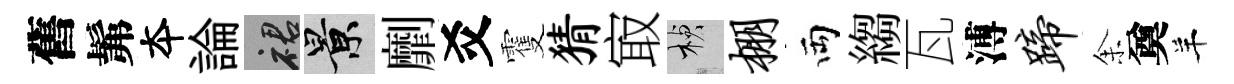
舊髴夲論裙景劘爻䨥猜㝡楨棚両縐瓦溥蹄𪜬奠羊